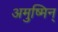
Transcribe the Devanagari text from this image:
अमुष्मिन्